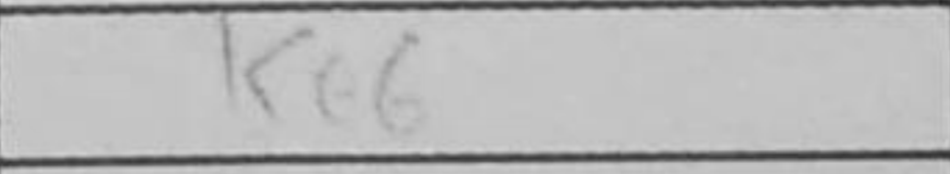
Transcription: Ke6